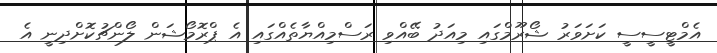
އެމްޓީސީސީ ކަށަވަރު ޝޯރޫމްގައި މިއަދު ބޭއްވި ރަސްމިއްޔާތެއްގައި އެ ޕްރޮމޯޝަން ލޯންޗުކޮށްދިނީ އެ